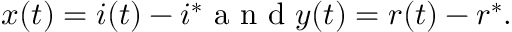
\begin{array} { r } { x ( t ) = i ( t ) - i ^ { * } \mathrm { ~ a ~ n ~ d ~ } y ( t ) = r ( t ) - r ^ { * } . } \end{array}